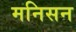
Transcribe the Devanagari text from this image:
मनिसन